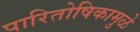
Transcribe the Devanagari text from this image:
पारितोषिकामुळे